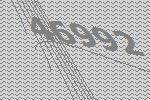
46992